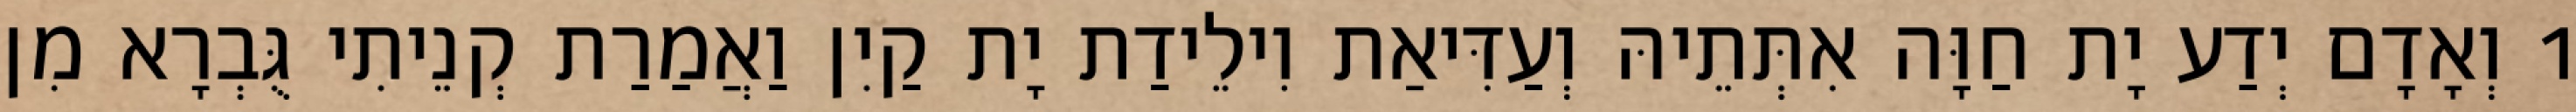
1 וְאָדָם יְדַע יָת חַוָּה אִתְּתֵיהּ וְעַדִּיאַת וִילֵידַת יָת קַיִן וַאֲמַרַת קְנֵיתִי גֻּבְרָא מִן